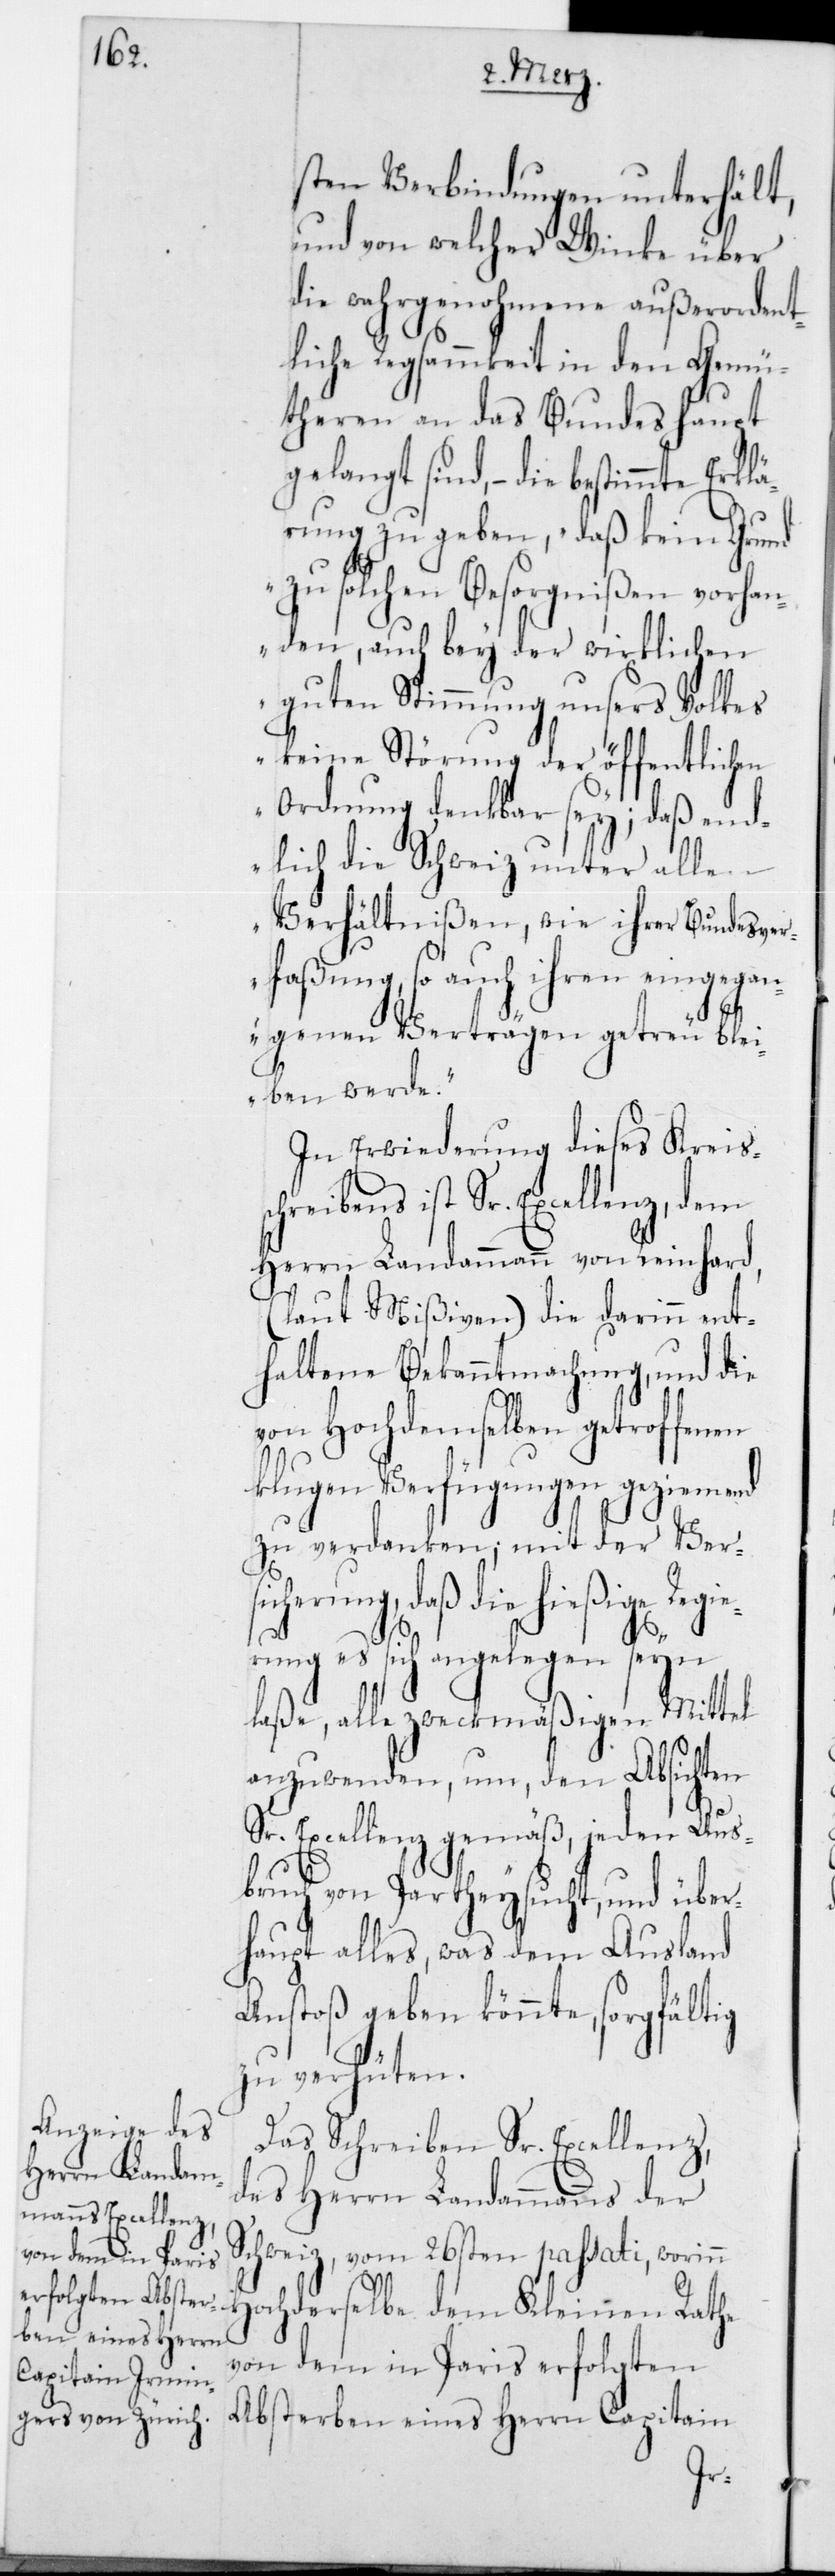
sten Verbindungen unterhält,
und von welcher Winke über
die wahrgenohmene außerordent¬
liche Regsammkeit in den Gemü¬
theren an das Bundeshaupt
gelangt sind, – die bestimmte Erkl¬
ärung zu geben, daß kein Grund
„zu solchen Besorgnißen vorhan¬
den, auch bey der wirklichen
guten Stimmung unsers Volkes
keine Störung der öffentlichen
Ordnung denkbar sey; daß end¬
lich die Schweiz unter allen
Verhältnißen, wie ihrer Bundesver¬
faßung, so auch ihren eingegan¬
gen Verträgen getreu ble¬
iben werde“.
In Erwiderung dieses Kreis¬
chreibens ist Sr. Excellenz dem
Herrn Landammann von Reinhard,
(laut Mißiven) die darinn ent¬
haltene Bekanntmachung, und die
s¬
von Hochdemselben getroffenen
klugen Verfügungen geziemend
zu verdanken; mit der Versi¬
cherung, daß die hießige Re¬
rung es sich angelegen seyn
laße, alle zweckmäßigen Mittel
anzuwenden, um, den Absichten
Sr. Excellenz gemäß, jeden Aus¬
bruch von Partheysucht, und über¬
haupt alles, was dem Ausland
Anstoß geben könnte, sorgfältig
zu verhüten.
Das Schreiben Sr. Excellenz,
des Herrn Landammanns der
Schweiz, vom 26sten passati, worin
Hochderselbe dem Kleinen Rathe
von dem in Paris erfolgten
Absterben eines Herrn Capitain
gie¬